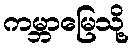
ကမ္ဘာမြေသို့